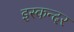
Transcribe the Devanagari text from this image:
इस्कन्दर